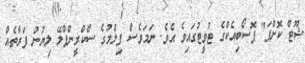
ޝޫޓް ކޮށްފަ" ޕޮސޯބިއެކްގެ ޓުވީޓުގައިވެ އެވެ. ނަމަވެސް ފިލްމުގެ ސްކްރީންޕްލޭ ލިޔުނު ފަރާތެއް